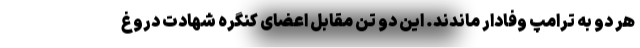
هر دو به ترامپ وفادار ماندند. این دو تن مقابل اعضای کنگره شهادت دروغ